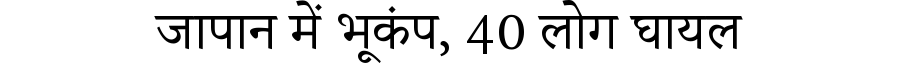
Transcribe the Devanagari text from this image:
जापान में भूकंप, 40 लोग घायल